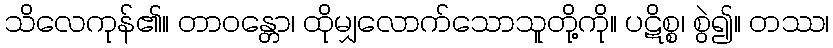
သိလေကုန်၏။ တာဝန္တော၊ ထိုမျှလောက်သောသူတို့ကို။ ပဋိစ္စ၊ စွဲ၍။ တဿ၊